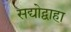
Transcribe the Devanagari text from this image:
सद्योद्वाहा